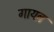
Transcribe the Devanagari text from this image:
गायब़